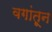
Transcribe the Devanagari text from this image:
वगांतून